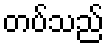
တပ်သည်